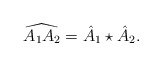
\begin{align*}\widehat{A_1 A_2} = \hat A_1 \star \hat A_2 .\end{align*}